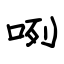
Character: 咧